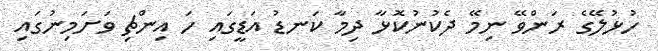
ހުޅުލޭގެ ރަންވޭ ނިމޭ ދެކުނުކޮޅާ ދިމާ ކަނޑު އަޑީގައި ހަ އިންޗި ވަށަމިނުގައި